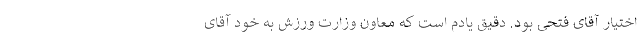
اختیار آقای فتحی بود. دقیق یادم است که معاون وزارت ورزش به خود آقای